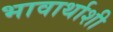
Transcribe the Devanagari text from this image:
भावार्थाशी